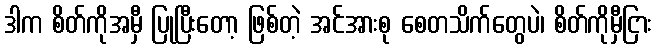
ဒါက စိတ်ကိုအမှီ ပြုပြီးတော့ ဖြစ်တဲ့ အင်အားစု စေတသိက်တွေပဲ၊ စိတ်ကိုမှီငြား